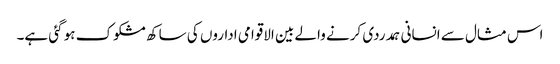
اس مثال سے انسانی ہمدردی کرنے والے بین الاقوامی اداروں کی ساکھ مشکوک ہو گئی ہے۔